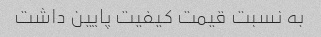
به نسبت قیمت کیفیت پایین داشت